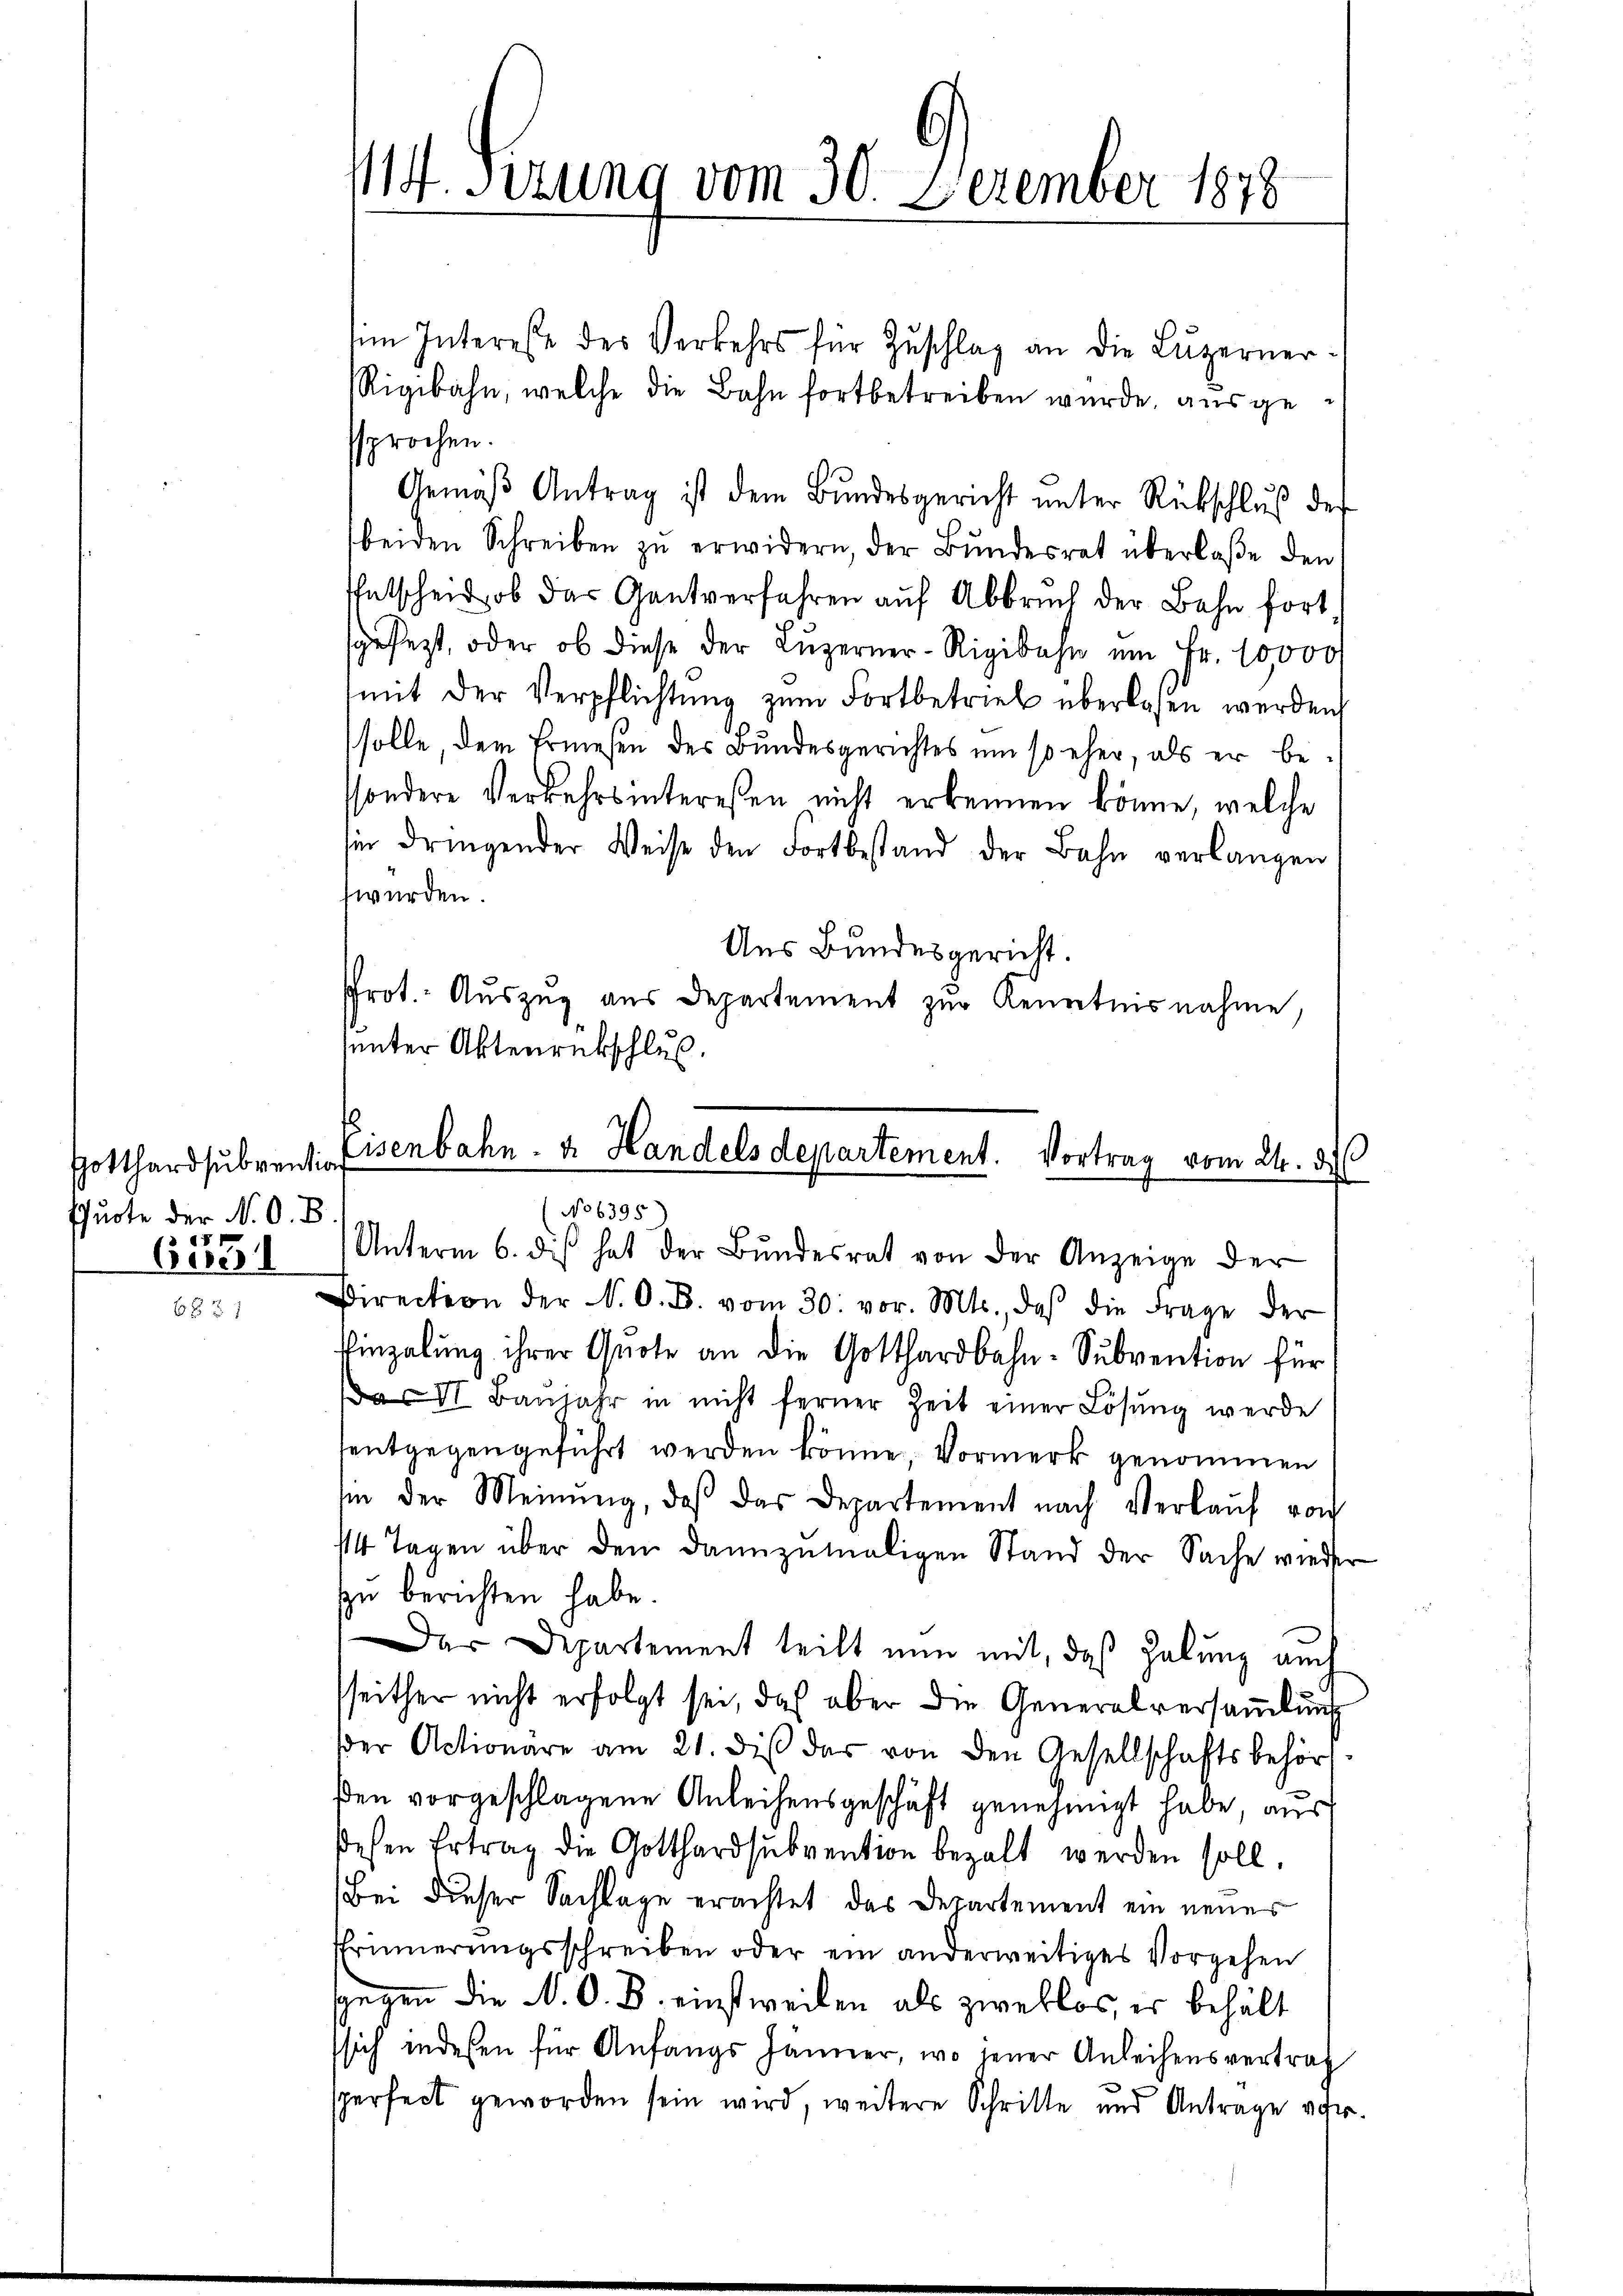
Gotthardsubvention
Quote der N. O. B.
57
Ceres

M. Fierung vom 30. December 1878

im Interesse des Verkehrs für Zŭschlag an die Luzerner-
Rigibahn, welche die Bahn fortbetreiben wurde, ausgesprochen.
Gemäβ Antrag ist dem Bŭndesgericht ŭnter Rückschlŭβ des
beiden Schreiben zŭ erwidern, der Bundesrat überlaße den
ffetschen, ob das Gantverfahren auf Abbrŭch der Bahn fort
gesezt, oder ob diese der Lŭzerner-Rigibahn um Fr. 10,000
(mit der Verpflichtung zum Fortbetrieb überlesen werden
solle, dem Ermesen des Bundesgerichtes um so eher, als er bessondere Verkehrsinteressen nicht erkennen könne, welche
fie dringender Weise den Fortbestand der Bahn verlangen
swürden.
Aus Bundesgericht.
Prot. Auszug aus Departement zur Kenntnisnahme,
sunter Aktenrückschluß
1

isenbahn- & Handels departement. Vortrag vom 24. des
(No 6395

Unterm 6. des hat der Bŭndesrat von der Anzeige der
Direction der N. O. B. vom 30. vor. Mts., daß die Frage der
Einzalung ihrer Quote an die Gotthardbahn-Sŭbvention für
VI. Banjahr in nicht ferner Zeit einer Lösung werde
entgegengeführt werden könne, Vormerk genommen
sin der Meinŭng, daβ das Departement nach Verkaŭf von
14 Tagen über den dannzumaligen Stand der Sache wieder
zu berichten habe.
Der Departement teilt nun mit, daß Habung auch
sseither nicht erfolgt sei, daß aber die Generalversammlung
βer Actionäre am 21. diβ der von den Gesellschaftsbehör-
den vorgeschlagene Anleihensgeschäft genehmigt habe, aus
ehen Ertrag die Gotthardsubvention bezalt werden soll.
Bei dieser Sachlage erachtet das Departement ein neues
Erinnerŭngsschreiben oder ein anderweitiges Vorgehen
sgegen die N. O. B. einstweilen als zweklos, es behält
sich indesen für Anfangs Jänner, wo jener Anleihensvertrag
sperfect geworden sein wird, weitere Schritte und Antrage vor.